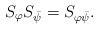
LaTeX: \begin{align*}S_{\varphi}S_{\bar{\psi}}=S_{\varphi\bar{\psi}}.\end{align*}